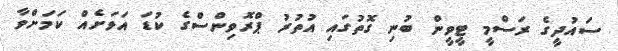
ސައުދީގެ ރަސްމީ ޓީވީން ބުނި ގޮތުގައި އުތުރު ޕްރޮވިންސްގެ ކުޑަ އަވަށެއް ކަމަށްވާ